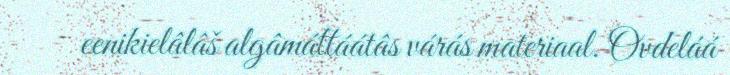
eenikielâlâš algâmáttáátâs várás materiaal. Ovdeláá